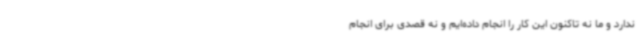
ندارد و ما نه تاکنون این کار را انجام داده‌ایم و نه قصدی برای انجام